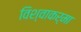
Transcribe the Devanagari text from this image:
विश्वाकर्मा